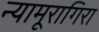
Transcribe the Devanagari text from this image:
न्यामूरागिरा